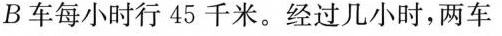
B车每小时行45千米。经过几小时，两车